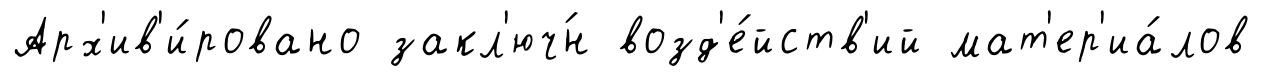
Арх'ив'и́ровано закл'юч́н возд'е́йств'ий мат'ер'иа́лов